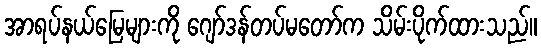
အာရပ်နယ်မြေများကို ဂျော်ဒန်တပ်မတော်က သိမ်းပိုက်ထားသည်။